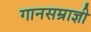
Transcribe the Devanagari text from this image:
गानसम्राज्ञी